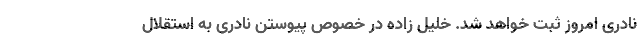
نادری امروز ثبت خواهد شد. خلیل زاده در خصوص پیوستن نادری به استقلال